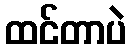
ထင်တာပဲ